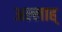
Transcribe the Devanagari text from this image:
अल्लाह्